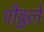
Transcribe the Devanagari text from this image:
पीठ्ठले